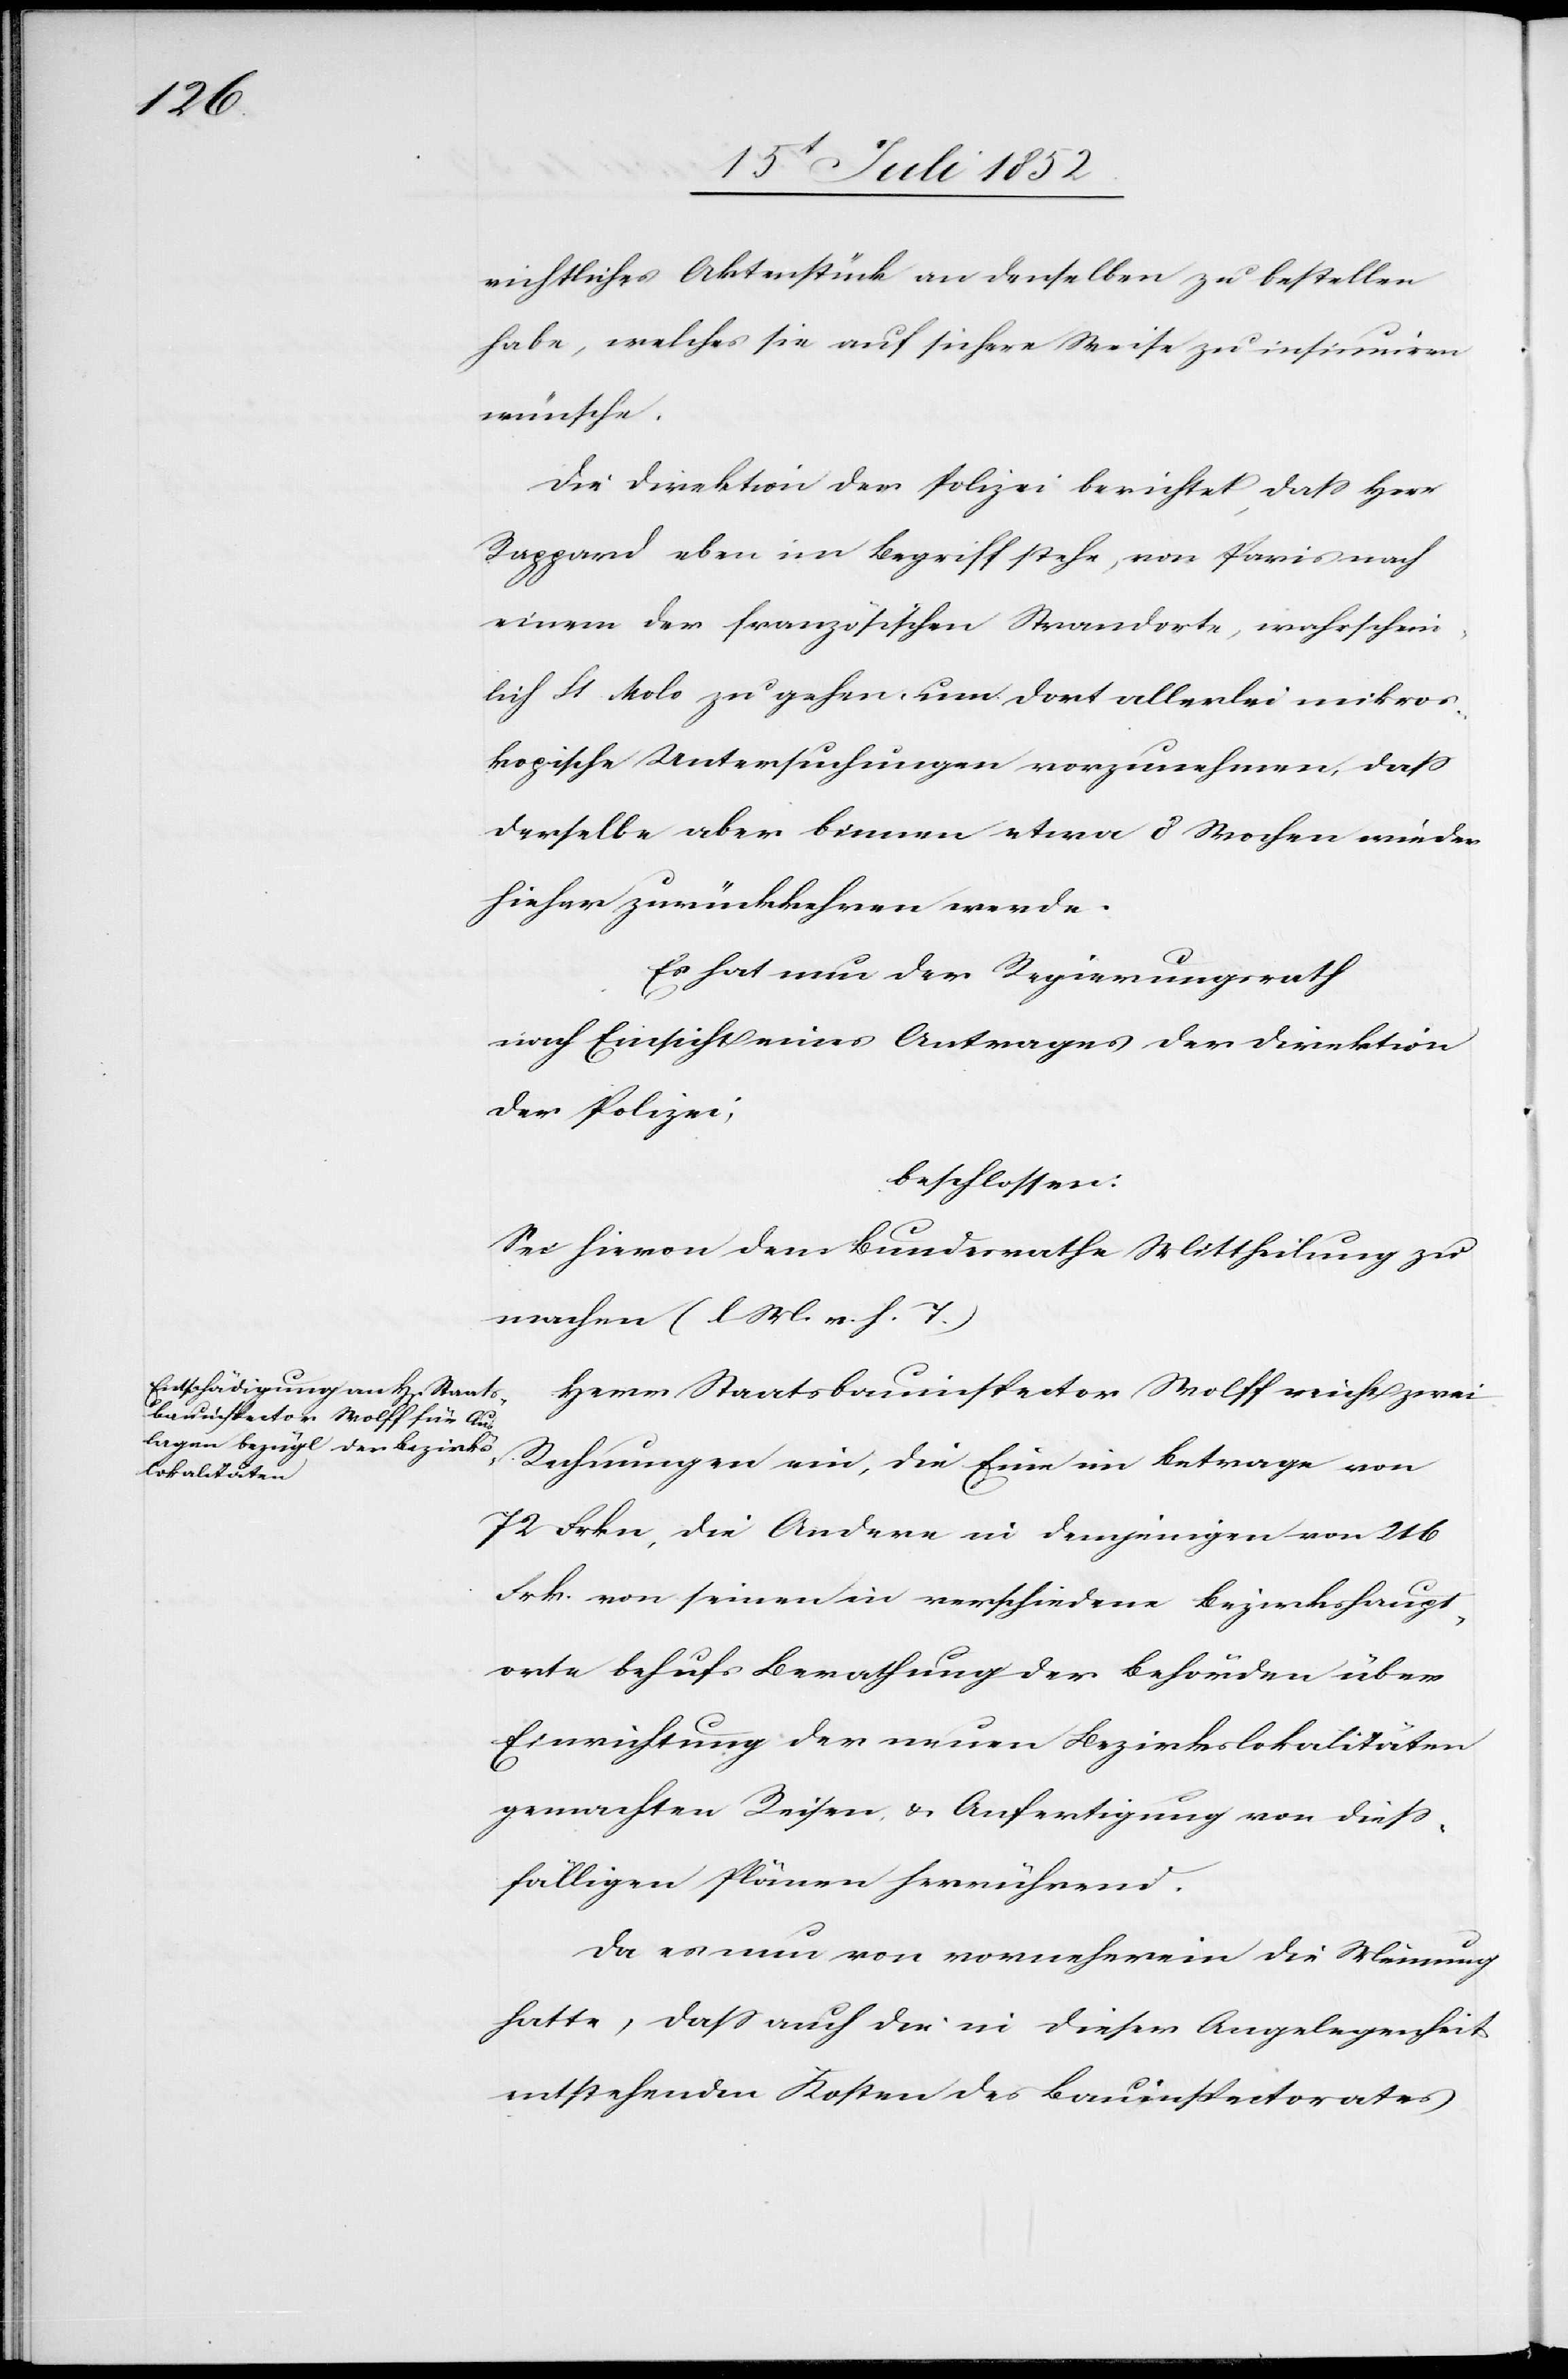
richtliches Aktenstück an denselben zu bestellen
habe, welches sie auf sichere Weise zu insinuiren
wünsche.
Die Direktion der Polizei berichtet, dass Herr
Rappard eben im Begriff stehe, von Paris nach
einem der französischen Strandorte, wahrschein¬
[recte: Malo] zu gehen, um dort allerlei mikros¬
kopische Untersuchungen vorzunehmen, dass
derselbe aber binnen etwa 8 Wochen wieder
hieher zurückkehren werde.
lich
Es hat nun der Regierungsrath
nach Einsicht eines Antrages der Direktion
der Polizei,
beschlossen:
Sei hievon dem Bundesrathe Mittheilung zu
machen (l M. v. h. T.)
Herr Staatsbauinspector Wolff reicht zwei
Rechnungen ein, die Eine im Betrage von
72 Frkn, die Andere in demjenigen von 216
Frk. von seinen in verschiedene Bezirkshaupt¬
orte behufs Berathung der Behörden über
Einrichtung der neuen Bezirkslokalitäten
gemachten Reisen, & Anfertigung von diess¬
fälligen Plänen herrührend.
Da es nun von vorneherein die Meinung
hatte, dass auch die in dieser Angelegenheit
entstehenden Kosten des Bauinspectorates